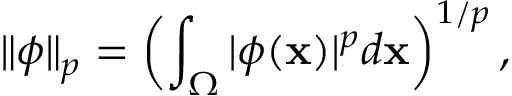
\| \phi \| _ { p } = \left( \int _ { \Omega } | \phi ( \mathbf { x } ) | ^ { p } d \mathbf { x } \right) ^ { 1 / p } ,